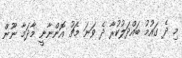
މި ދެ ގައުމު ބައްދަލުކުރާ ދެ ވަނަ މެޗު އޮންނާނީ މާދަމާ ނޫން